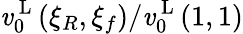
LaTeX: \mathit{v}_{0}^{\mathrm{{~L~}}}(\xi_{R},\xi_{f})/\mathit{v}_{0}^{\mathrm{{~L~}}}(1,1)